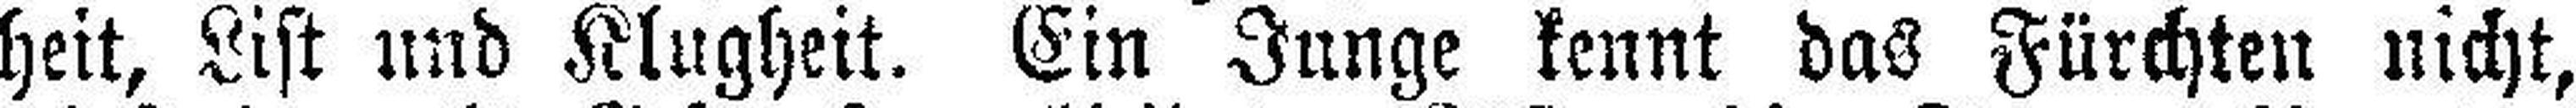
heit, List und Klugheit. Ein Junge kennt das Fürchten nicht,